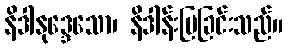
နိဒါနုဒ္ဒေသော၊ နိဒါန်းပြခြင်းသည်။